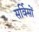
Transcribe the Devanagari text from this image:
सर्विसों